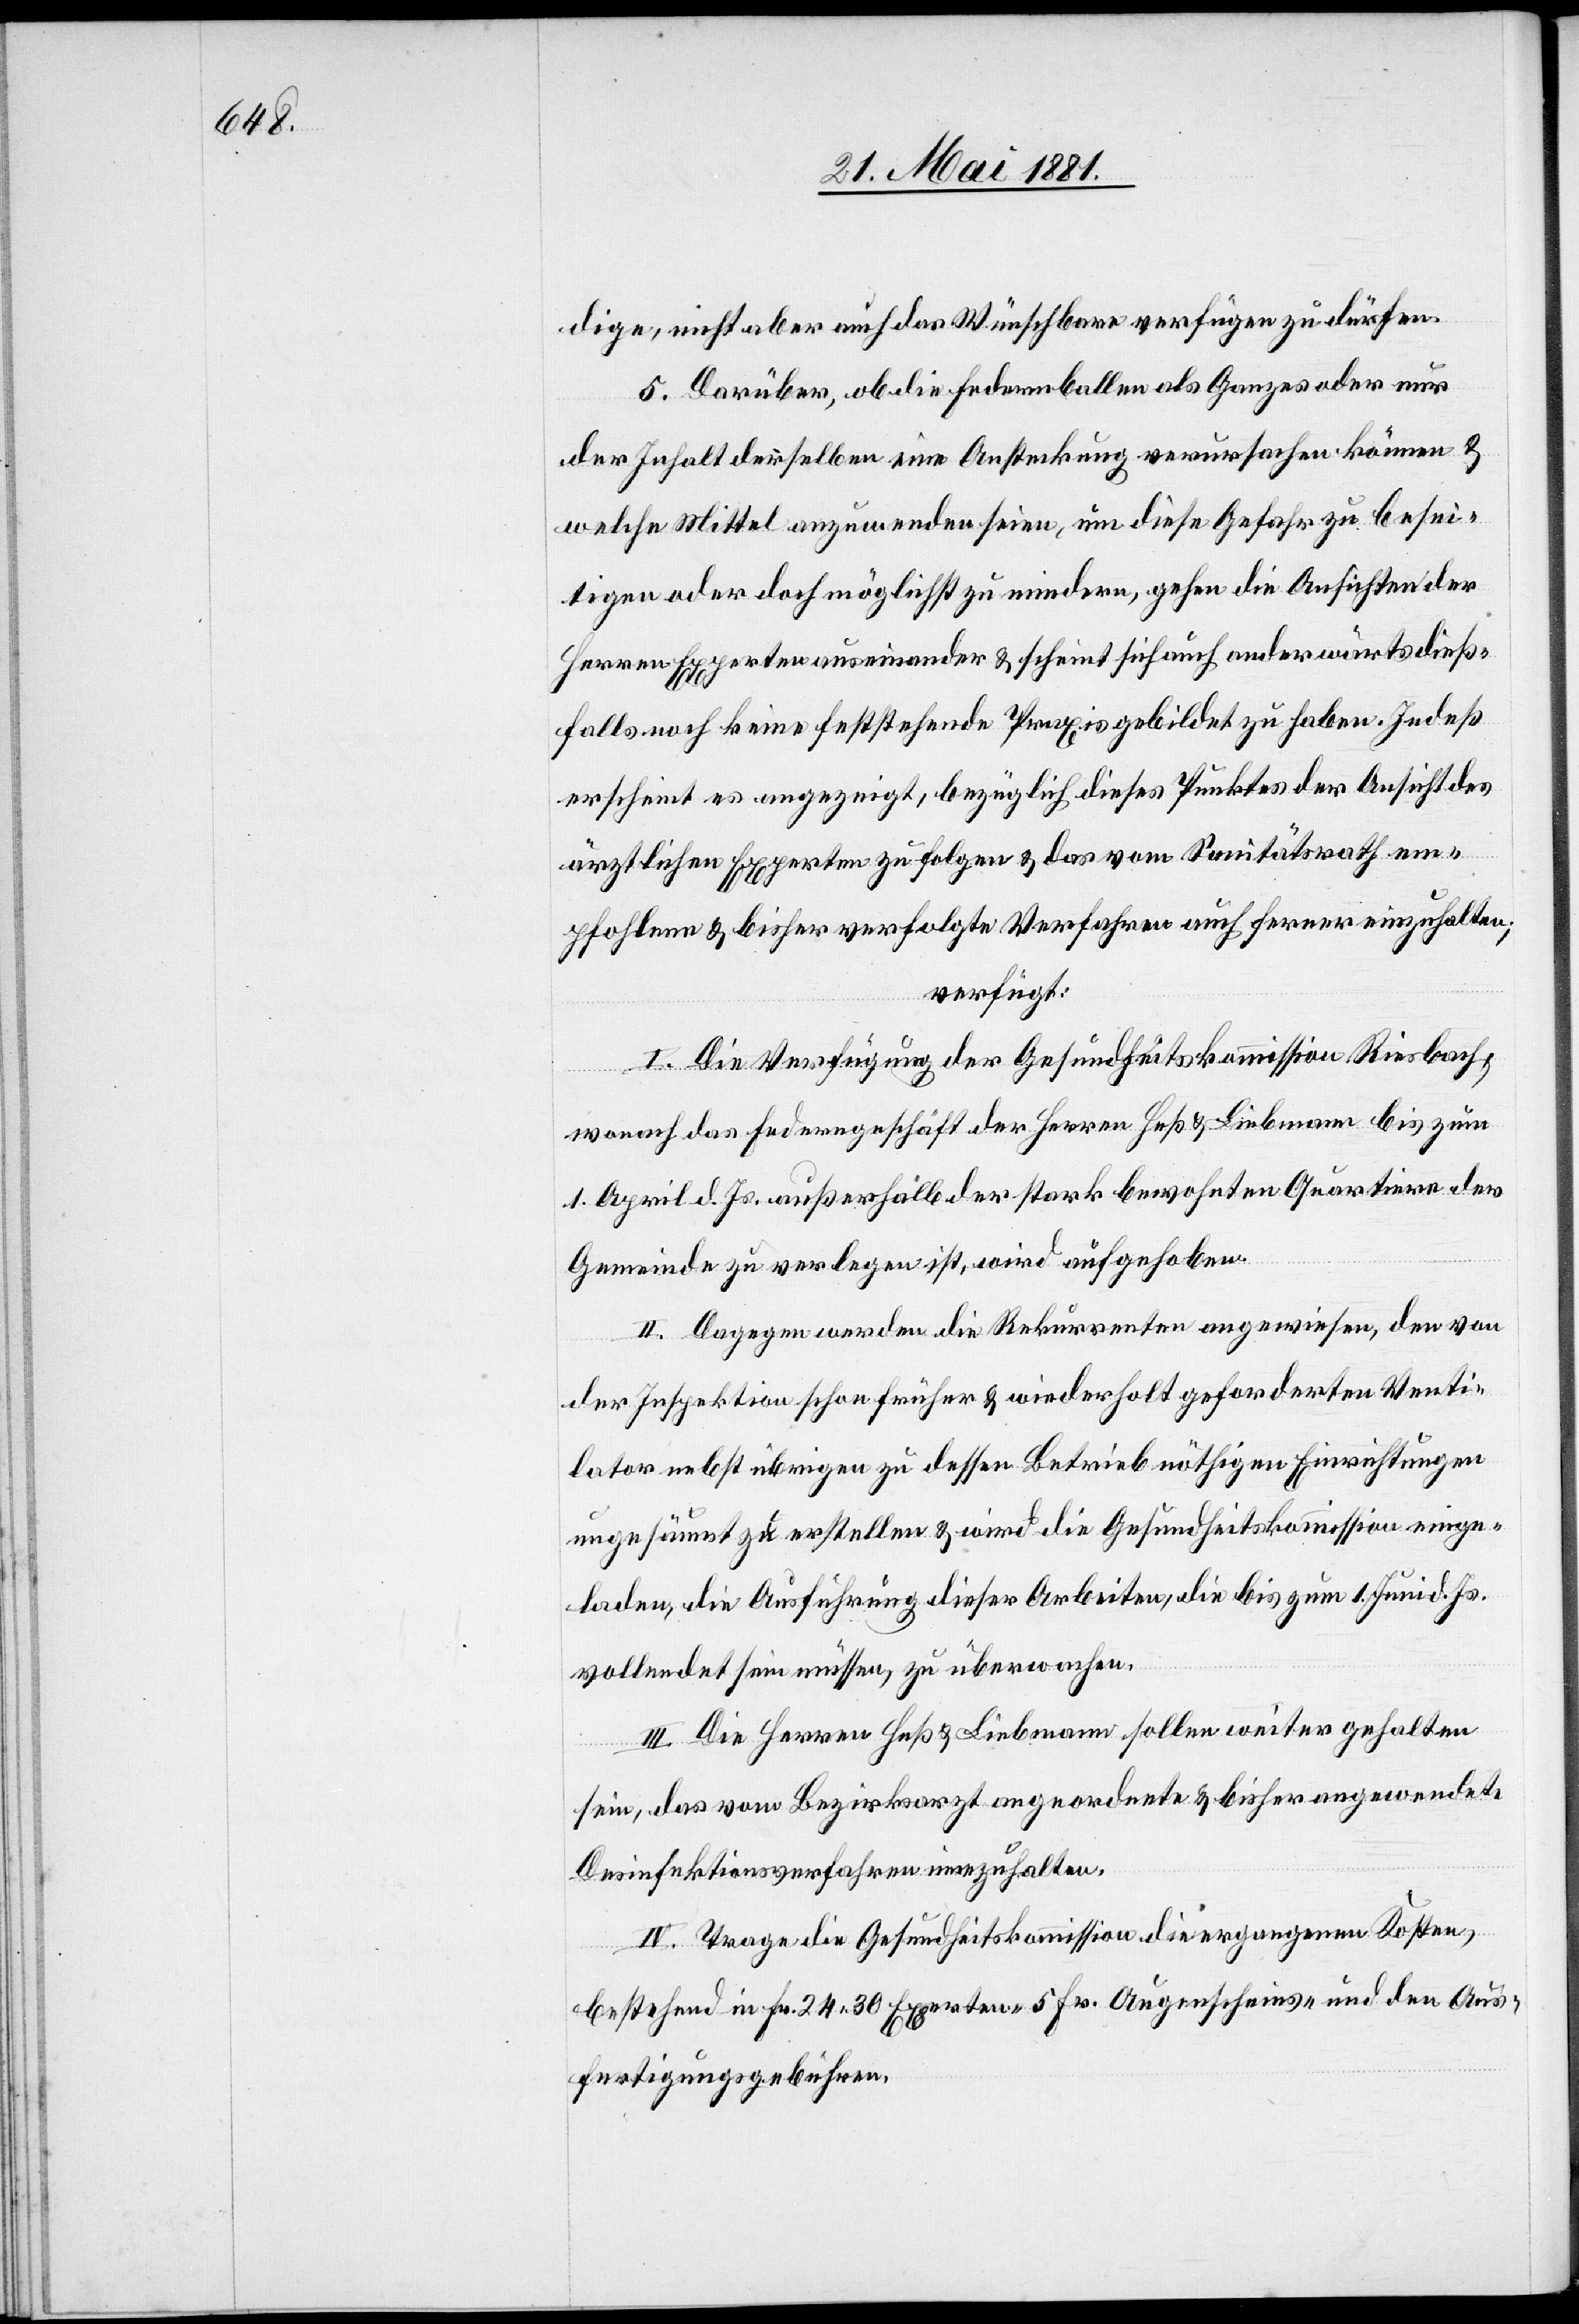
dige, nicht aber auch das Wünschbare verfügen zu dürfen.
5. Darüber, ob die Federnballen als Ganzes oder nur
der Inhalt derselben eine Ansteckung verursachen können &
welche Mittel anzuwenden seien, um diese Gefahr zu besei¬
tigen oder doch möglichst zu mindern, gehen die Ansichten der
Herren Experten auseinander & scheint sich auch anderwärts dieß¬
falls noch keine feststehende Praxis gebildet zu haben. Indeß
erscheint es angezeigt, bezüglich dieses Punktes der Ansicht des
ärztlichen Experten zu folgen & das vom Sanitätsrath em¬
pfohlene & bisher verfolgte Verfahren auch ferner einzuhalten;
verfügt:
I. Die Verfügung der Gesundheitskommission Riesbach,
wonach das Federngeschäft der Herren Heß & Liebmann bis zum
1. April d. Js. außerhalb der stark bewohnten Quartiere der
Gemeinde zu verlegen ist, wird aufgehoben.
II. Dagegen werden die Rekurrenten angewiesen, den von
der Inspektion schon früher & wiederholt geforderten Venti¬
lator nebst übrigen zu dessen Betrieb nöthigen Einrichtungen
ungesäumt zu erstellen & wird die Gesundheitskommission einge¬
laden, die Ausführung dieser Arbeiten, die bis zum 1. Juni d. Js.
vollendet sein müssen, zu überwachen.
III. Die Herren Heß & Liebmann sollen weiter gehalten
sein, das vom Bezirksarzt angeordnete & bisher angewendete
Desinfektionsverfahren einzuhalten.
IV. Trage die Gesundheitskommission die ergangenen Kosten,
bestehend in Fr. 24. 30 Experten- 5 Fr. Augenscheins- und den Aus¬
fertigungsgebühren.